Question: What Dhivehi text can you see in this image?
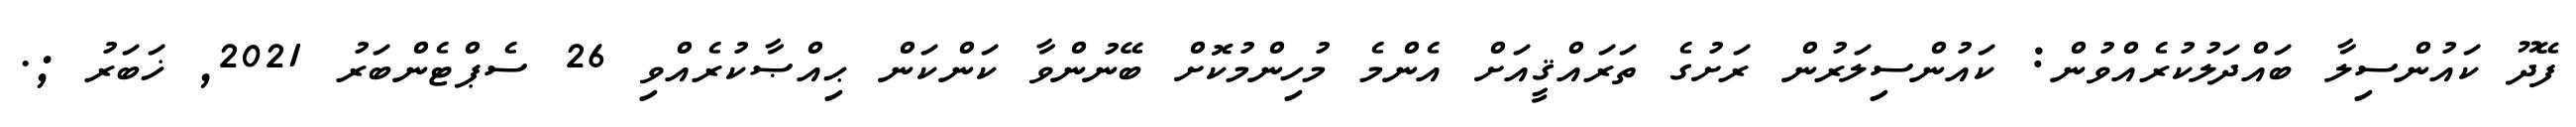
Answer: ފޭދޫ ކައުންސިލާ ބައްދަލުކުރެއްވުން: ކައުންސިލަރުން ރަށުގެ ތަރައްޤީއަށް އެންމެ މުހިންމުކޮށް ބޭނުންވާ ކަންކަން ޙިއްޞާކުރެއްވި 26 ސެޕްޓެންބަރު 2021, ޚަބަރު ;.